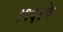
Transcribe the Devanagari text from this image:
१९६१के